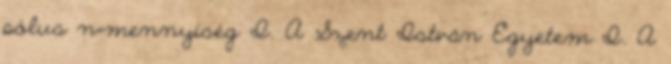
pólus n=mennyiség I. A Szent István Egyetem I. A